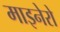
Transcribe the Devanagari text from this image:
माइनेरो